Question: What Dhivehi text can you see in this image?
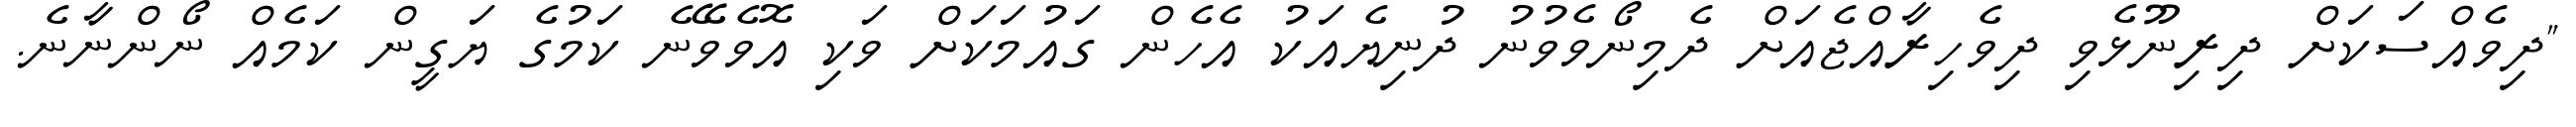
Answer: "ދިވެއްސަކަށް ދިރިނޫޅެވި ދިވެހިރާއްޖެއަށް ދެމިނޯވެވުނު ދުނިޔެއަކު އެހެން ގައުމަކަށް ވަކި އޮވެވޭނެ ކަމުގެ ޔަގީން ކަމެއް ނޯންނާނެ.